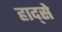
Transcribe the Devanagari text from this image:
हाद्से